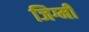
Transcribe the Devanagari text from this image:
जिग्मी